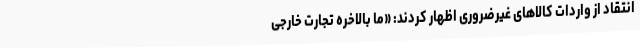
انتقاد از واردات کالاهای غیرضروری اظهار کردند: «ما بالاخره تجارت خارجی